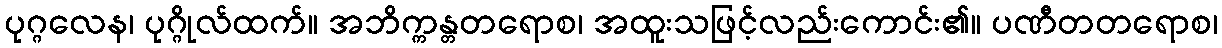
ပုဂ္ဂလေန၊ ပုဂ္ဂိုလ်ထက်။ အဘိက္ကန္တတရောစ၊ အထူးသဖြင့်လည်းကောင်း၏။ ပဏီတတရောစ၊